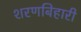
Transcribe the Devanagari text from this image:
शरणबिहारी